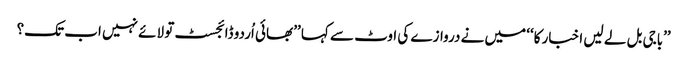
’’باجی بل لے لیں اخبار کا‘‘ میں نے دروازے کی اوٹ سے کہا ’’بھائی اُردو ڈائجسٹ تو لائے نہیں اب تک؟